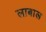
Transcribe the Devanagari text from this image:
लाबाल